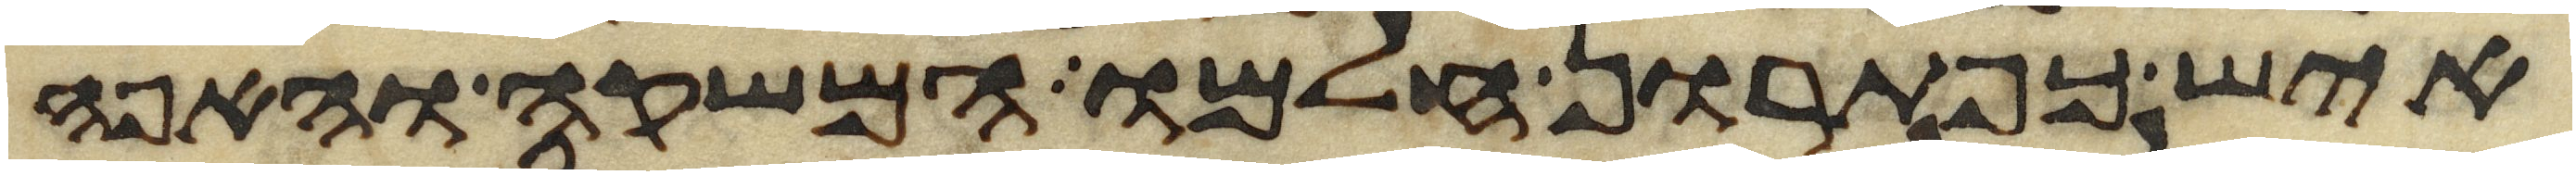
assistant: איש כפתרון חלמו המשקה והאפה